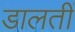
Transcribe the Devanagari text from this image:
डालतीं